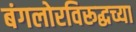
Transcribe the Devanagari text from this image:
बंगलोरविरूद्धच्या